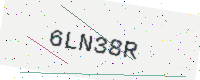
Text: 6LN38R